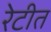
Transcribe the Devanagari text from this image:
रेटीत